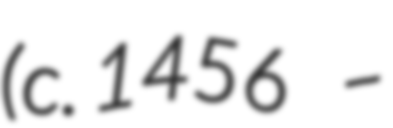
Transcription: (c. 1456 –